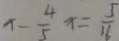
x - \frac { 4 } { 5 } x = \frac { 5 } { 1 6 }